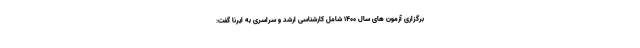
برگزاری آزمون های سال ۱۴۰۰ شامل کارشناسی ارشد و سراسری به ایرنا گفت: